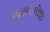
માઇથોલોજી